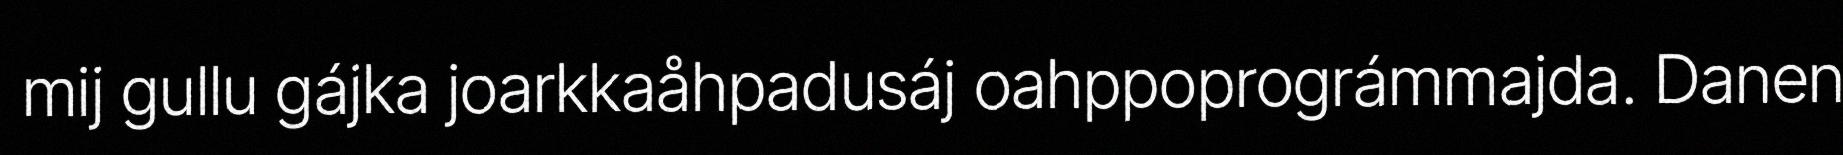
mij gullu gájka joarkkaåhpadusáj oahppoprográmmajda. Danen